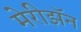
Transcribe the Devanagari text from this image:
मेरीझॅन